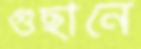
গুছানে